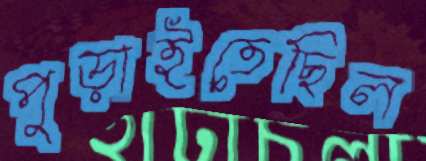
পুড়াইতেছিল